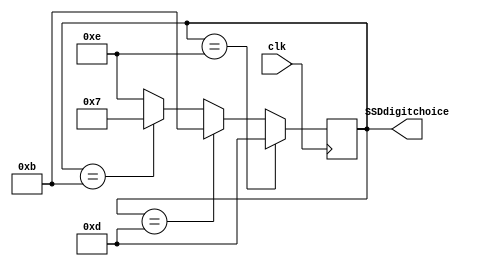
`timescale 1ns / 1ps

module Ringcounter(input clk,
output reg [3:0] SSDdigitchoice

    );
    always@(posedge clk)begin
    if (SSDdigitchoice==4'b1110) SSDdigitchoice<=4'b1101;
    else if (SSDdigitchoice==4'b1101) SSDdigitchoice<=4'b1011;
    else if (SSDdigitchoice==4'b1011) SSDdigitchoice<=4'b0111;
    else  SSDdigitchoice<=4'b1110;
    end
endmodule